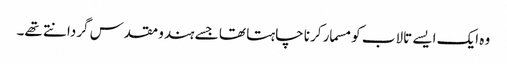
وہ ایک ایسے تالاب کو مسمار کرنا چاہتا تھا جسے ہندو مقدس گردانتے تھے۔